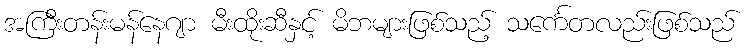
အကြီးတန်းမန်နေဂျာ မီးထိုးဆီနှင့် မိဘများဖြစ်သည့် သင်္ကေတလည်းဖြစ်သည်